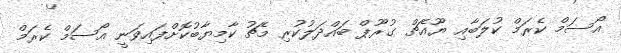
އޯސަމް ކެރަމް ކުލަބާއި ޔޫއެޗް ގުރޫޕް ބައްދަލުކުރި މެޗު ކާމިޔާބުކޮށްފައިވަނީ އޯސަމް ކެރަމް